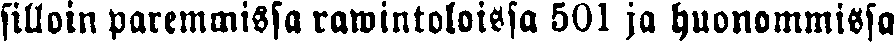
silloin paremmissa rawintoloissa 501 ja huonommissa